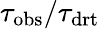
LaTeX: \tau_{\mathrm{obs}}/\tau_{\mathrm{drt}}